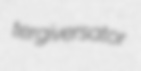
tergiversator